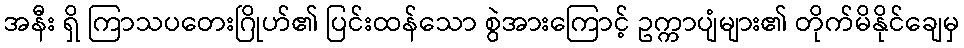
အနီး ရှိ ကြာသပတေးဂြိုဟ်၏ ပြင်းထန်သော စွဲအားကြောင့် ဥက္ကာပျံများ၏ တိုက်မိနိုင်ချေမှ